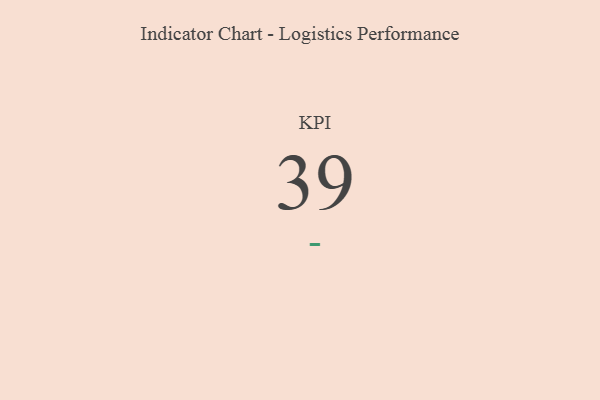
{"axis": {"x": "KPI", "y": "Value"}, "legend": [""], "data": [{"x": "KPI", "y": 39, "type": ""}]}